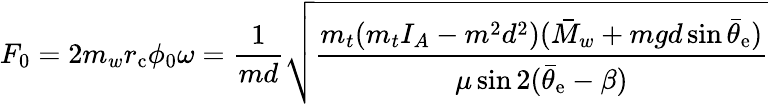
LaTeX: F_{0}=2m_{w}r_{\mathrm{c}}\phi_{0}\omega=\frac{1}{md}\sqrt{\frac{m_{t}(m_{t}I_{A}-m^{2}d^{2})(\bar{M}_{w}+mgd\sin\bar{\theta}_{\mathrm{e}})}{\mu\sin 2(\bar{\theta}_{\mathrm{e}}-\beta)}}